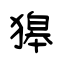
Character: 獆